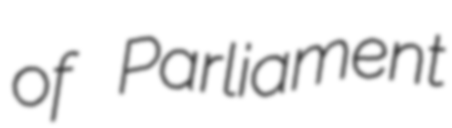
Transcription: of Parliament